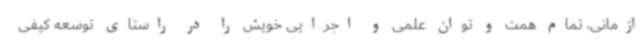
ازمانی، تمام همت و توان علمی و اجرایی خویش را در راستای توسعه کیفی